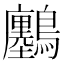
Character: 𪇮